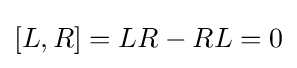
[L,R]=LR-RL=0